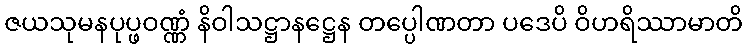
ဇယသုမနပုပ္ဖဝဏ္ဏံ နိဝါသဋ္ဌာနဋ္ဌေန တပ္ပေါဏတာ ပဒေပိ ဝိဟရိဿာမာတိ